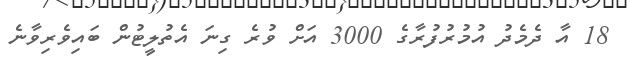
18 އާ ދެމެދު އުމުރުފުރާގެ 3000 އަށް ވުރެ ގިނަ އެތުލީޓުން ބައިވެރިވާނެ